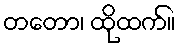
တတော၊ ထိုထက်။